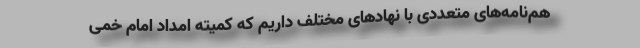
هم‌نامه‌های متعددی با نهادهای مختلف داریم که کمیته امداد امام خمی